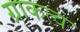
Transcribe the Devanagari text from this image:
ग्राकत्व